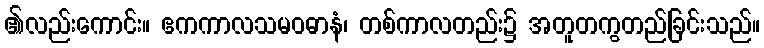
၏လည်းကောင်း။ ဧကကာလသမဝဓာနံ၊ တစ်ကာလတည်း၌ အတူတကွတည်ခြင်းသည်။